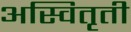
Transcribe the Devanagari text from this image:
अस्वितृती